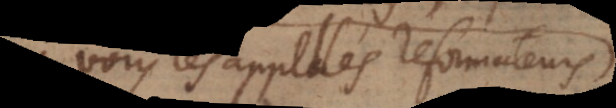
vous les appellés reformateurs